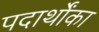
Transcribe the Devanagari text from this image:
पदार्थोंका